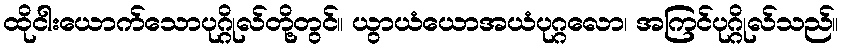
ထိုငါးယောက်သောပုဂ္ဂိုလ်တို့တွင်။ ယွာယံယောအယံပုဂ္ဂလော၊ အကြင်ပုဂ္ဂိုလ်သည်။